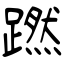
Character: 蹨